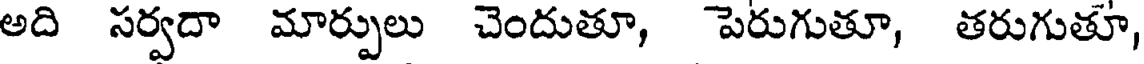
అది సర్వదా మార్పులు చెందుతూ, పెరుగుతూ, తరుగుతూ